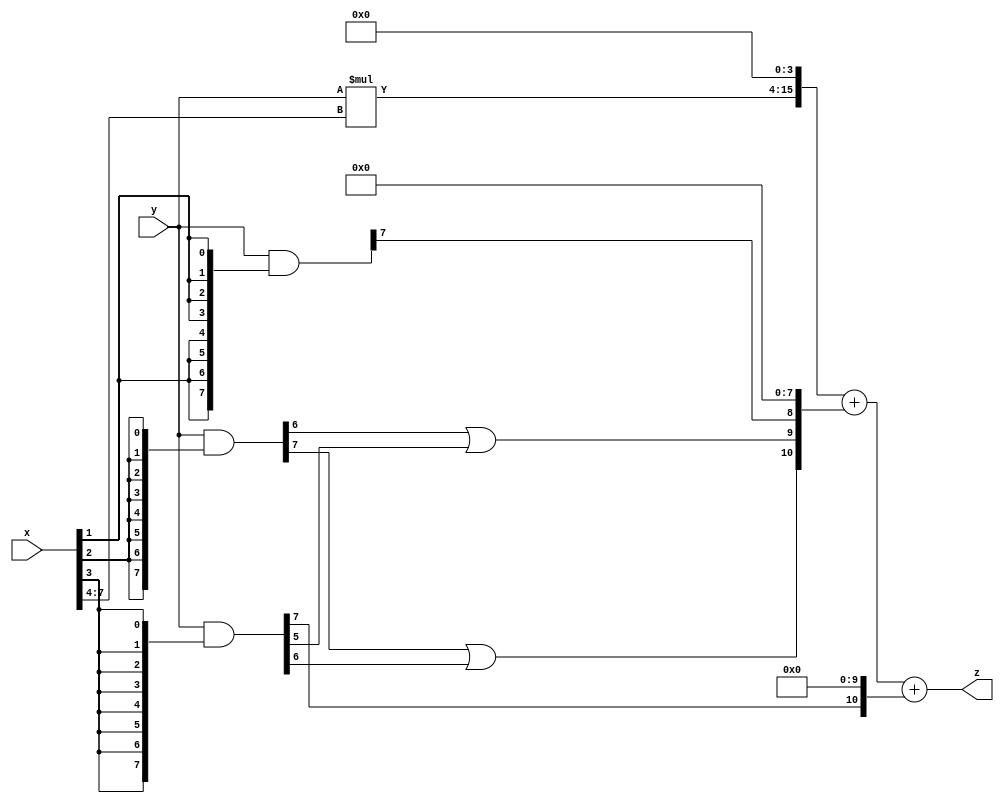
// terms: 4
// fval:  204146.25

module unsigned_8x8_l4_lamb30000_3 (
	input [7:0] x,
	input [7:0] y,
	output [15:0] z
);

wire [11:0] tmp_z = y*x[7:4];

wire [7:0] part1 =  y & {8{x[0]}};
wire [7:0] part2 =  y & {8{x[1]}};
wire [7:0] part3 =  y & {8{x[2]}};
wire [7:0] part4 =  y & {8{x[3]}};

wire [10:0] new_part1;
assign new_part1[0] = 0;
assign new_part1[1] = 0;
assign new_part1[2] = 0;
assign new_part1[3] = 0;
assign new_part1[4] = 0;
assign new_part1[5] = 0;
assign new_part1[6] = 0;
assign new_part1[7] = 0;
assign new_part1[8] = part2[7];
assign new_part1[9] = part3[6] | part4[5];
assign new_part1[10] = part3[7] | part4[6];

wire [10:0] new_part2;
assign new_part2[0] = 0;
assign new_part2[1] = 0;
assign new_part2[2] = 0;
assign new_part2[3] = 0;
assign new_part2[4] = 0;
assign new_part2[5] = 0;
assign new_part2[6] = 0;
assign new_part2[7] = 0;
assign new_part2[8] = 0;
assign new_part2[9] = 0;
assign new_part2[10] = part4[7];

assign z = {tmp_z, 4'd 0} + new_part1 + new_part2;
endmodule